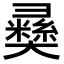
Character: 𢑴